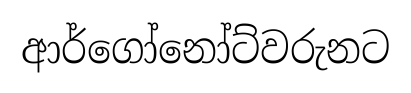
ආර්ගෝනෝට්වරුනට